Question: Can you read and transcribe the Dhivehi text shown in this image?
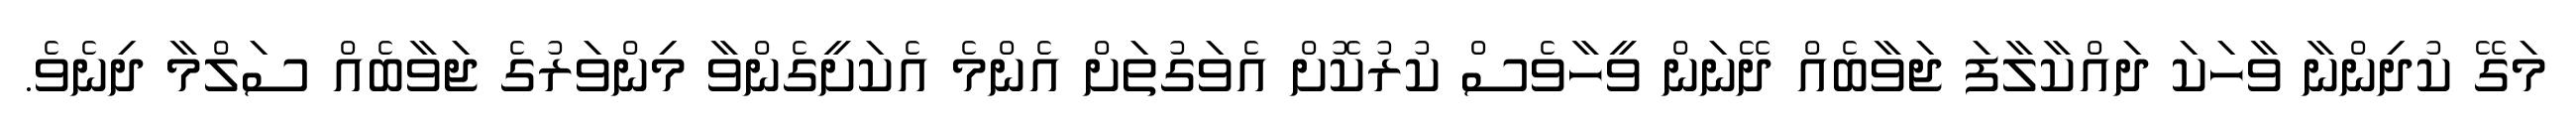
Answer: މަގޭ ކުދިންނާ ވާހަކަ ދައްކާލާފަ ޖަވާބެއް ދޭނަން ވީހާވެސް ކުރުކޮށް އެވަގުތަށް އެންމެ އެކަށީގެންވާ މިންވަރުގެ ޖަވާބެއް ސަލްމާ ދިނެވެ.